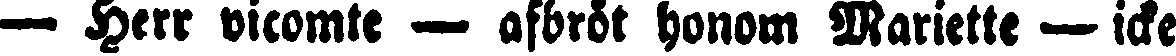
— Herr vicomte — afbröt honom Mariette — icke